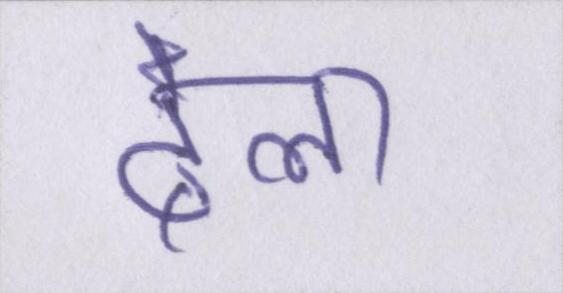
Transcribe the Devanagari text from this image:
ढेला